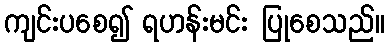
ကျင်းပစေ၍ ရဟန်းမင်း ပြုစေသည်။